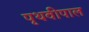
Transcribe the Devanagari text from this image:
पृथवीपाल